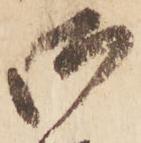
御